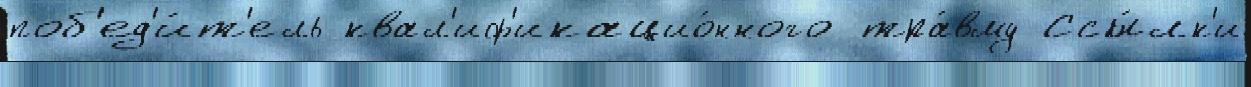
поб'ед'и́т'ель квал'иф'икацио́нного тра́вму Ссы́лк'и